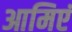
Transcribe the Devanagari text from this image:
आमिएं